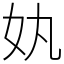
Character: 𡚺